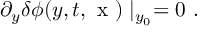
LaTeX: \partial _ { y } \delta \phi ( y , t , \mathrm { \boldmath ~ x ~ } ) \mid _ { y _ { 0 } } = 0 \ .